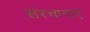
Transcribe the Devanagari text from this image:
संरचानाएं